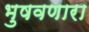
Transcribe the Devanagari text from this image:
भुषवणारा